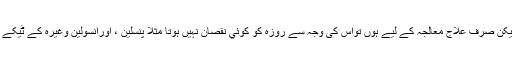
لیکن وہ انجکشن جو کھانے پینے کے عوض میں نہیں اورنہ ہی اس کےقائم مقام ہوں لیکن صرف علاج معالجہ کے لیے ہوں تواس کی وجہ سے روزہ کو کوئي نقصان نہیں ہوتا مثلا پنسلین ، اورانسولین وغیرہ کے ٹیکے روزے کو کوئي نقصان نہيں دیتے چاہے وہ نس میں لگائے جائيں یا پھر گوشت میں ۔